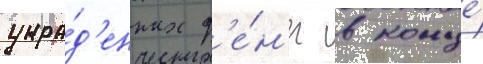
укра́д'енных д'е́н'ег в конце́